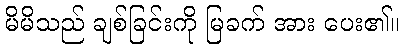
မိမိသည် ချစ်ခြင်းကို မြခက် အား ပေး၏။